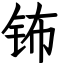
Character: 钸